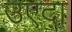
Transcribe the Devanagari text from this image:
उएदा